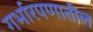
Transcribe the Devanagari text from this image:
गर्भारपणातील